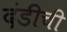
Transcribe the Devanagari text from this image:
दंडीची